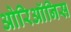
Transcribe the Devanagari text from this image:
ओरिऑनिस